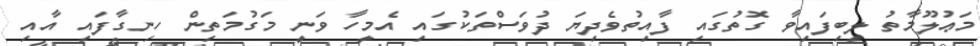
މަޢުލޫމާތު ލިބިފައިވާ ގޮތުގައި ފާއިތުވެދިޔަ ދުވަސްތަކުގައި އެމީހާ ވަނީ މަގުމަތިން ހިނގާފައި އާއި